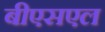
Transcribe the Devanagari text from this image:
बीएसएल